Annual report on the working of the mental hospitals in the Madras Presidency - 1912-1932
Year: 1912
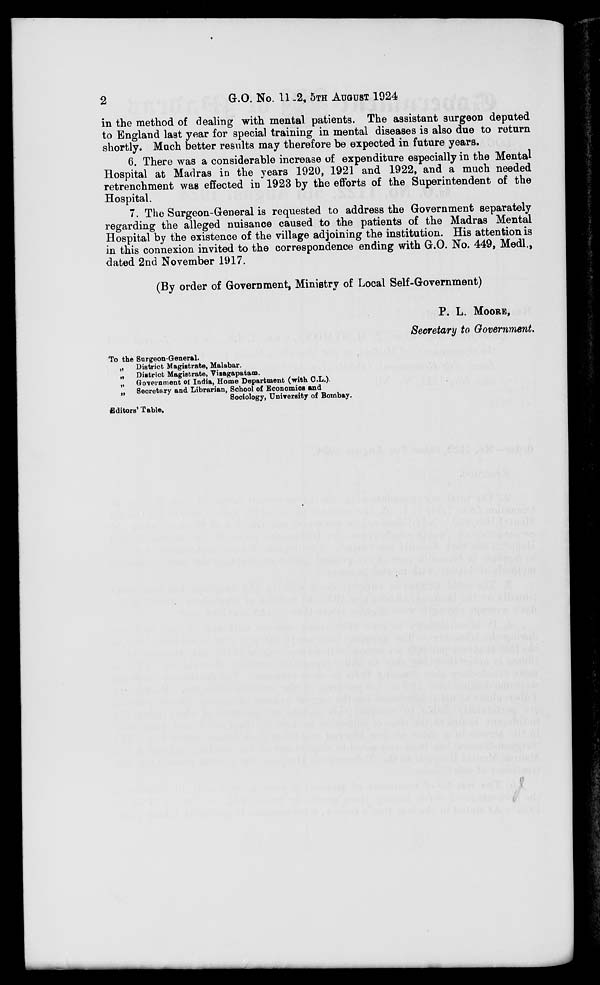
2
G.O. No. 11—2, 5TH AUGUST 1924
in the method of dealing with mental patients. The assistant surgeon deputed
to England last year for special training in mental diseases is also due to return
shortly. Much better results may therefore be expected in future years.
6. There was a considerable increase of expenditure especially in the Mental
Hospital at Madras in the years 1920, 1921 and 1922, and a much needed
retrenchment was effected in 1923 by the efforts of the Superintendent of the
Hospital.
7. The Surgeon-General is requested to address the Government separately
regarding the alleged nuisance caused to the patients of the Madras Mental
Hospital by the existence of the village adjoining the institution. His attention is
in this connexion invited to the correspondence ending with G.O. No. 449, Medl.,
dated 2nd November 1917.
(By order of Government, Ministry of Local Self-Government)
P. L. MOORE,
Secretary to Government.
To the Surgeon-General.
„ District Magistrate, Malabar.
„ District Magistrate, Vizagapatam.
„ Government of India, Home Department (with C.L.).
„ Secretary and Librarian, School of Economics and
Sociology, University of Bombay.
Editors' Table.